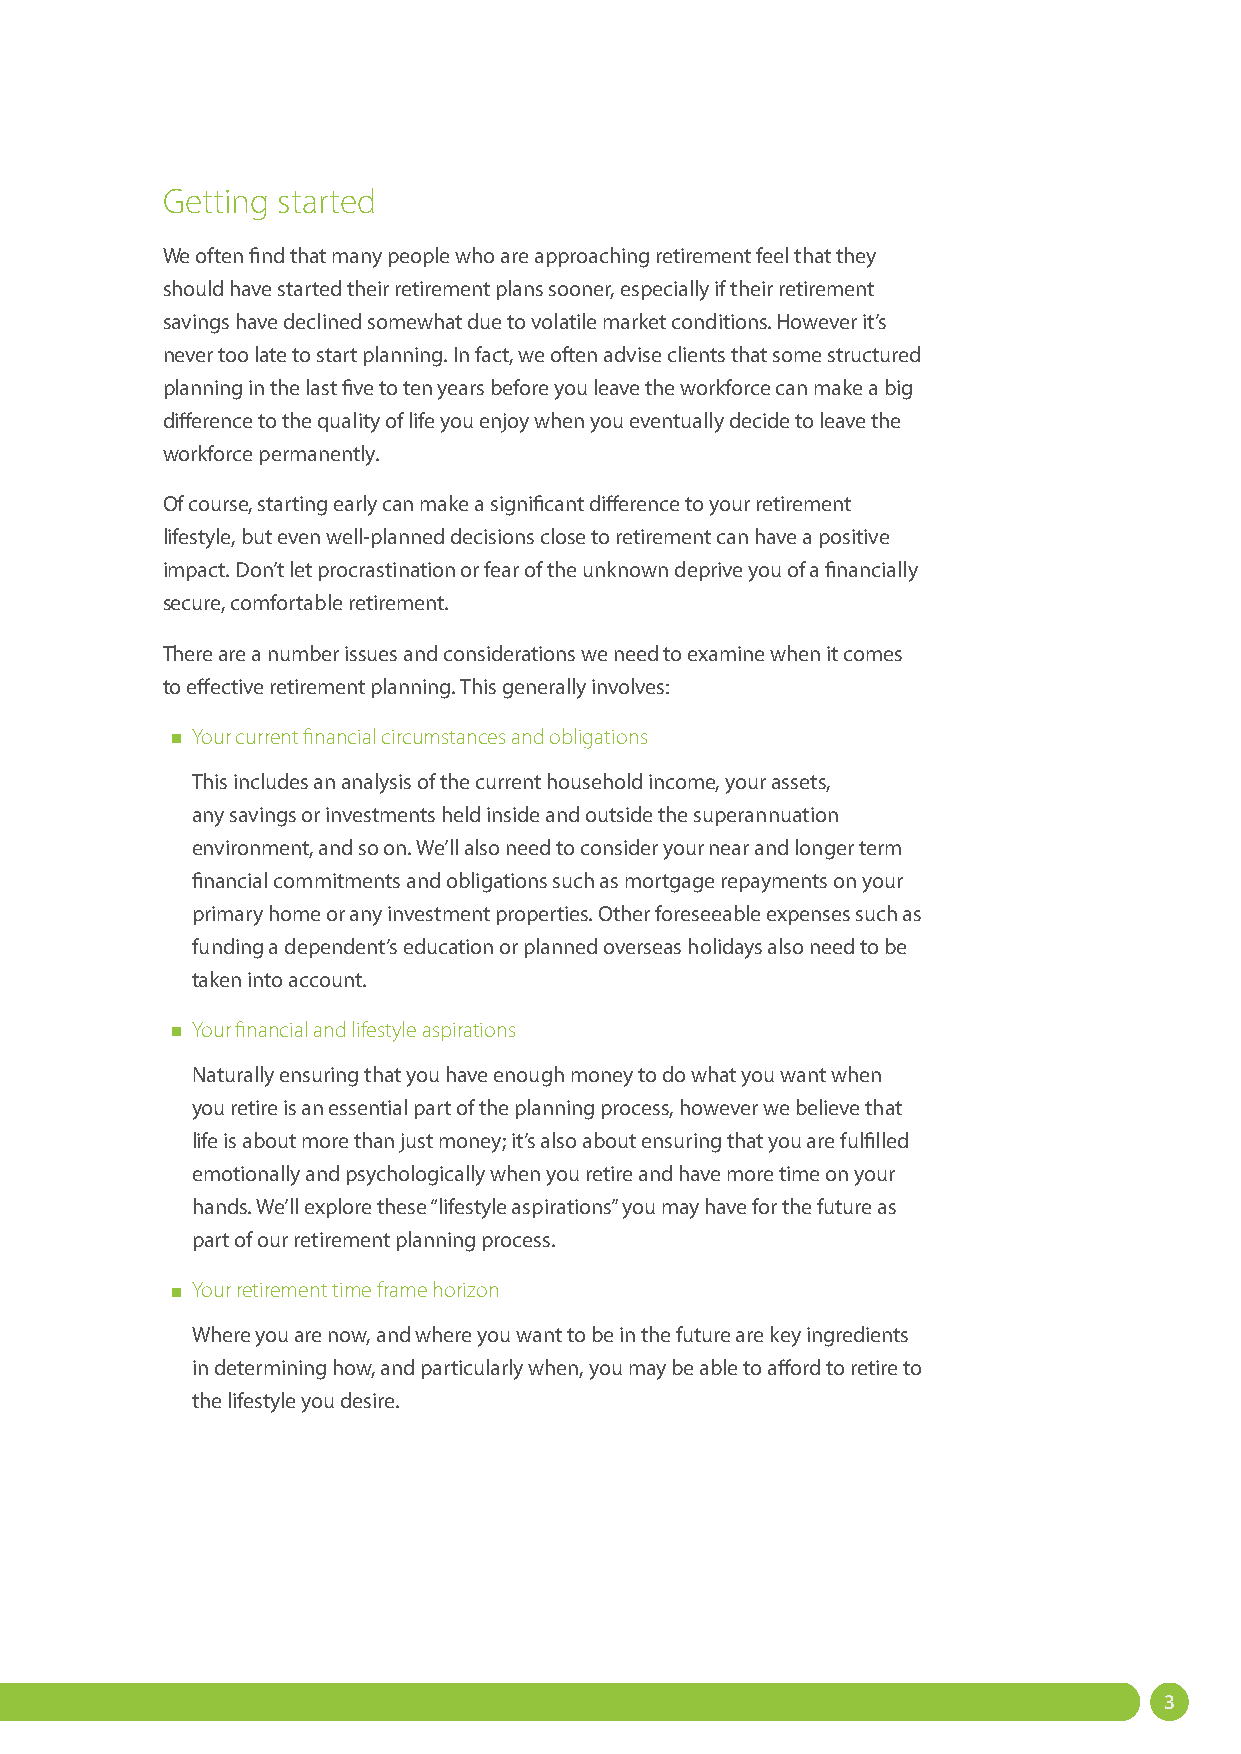
Getting started
 We often find that many people who are approaching retirement feel that they
 should have started their retirement plans sooner, especially if their retirement
 savings have declined somewhat due to volatile market conditions. However it’s
 never too late to start planning. In fact, we often advise clients that some structured
 planning in the last five to ten years before you leave the workforce can make a big
 difference to the quality of life you enjoy when you eventually decide to leave the
 workforce permanently.
 Of course, starting early can make a significant difference to your retirement
 lifestyle, but even well-planned decisions close to retirement can have a positive
 impact. Don’t let procrastination or fear of the unknown deprive you of a financially
 secure, comfortable retirement.
 There are a number issues and considerations we need to examine when it comes
 to effective retirement planning. This generally involves:
 Your current financial circumstances and obligations
 This includes an analysis of the current household income, your assets,
 any savings or investments held inside and outside the superannuation
 environment, and so on. We’ll also need to consider your near and longer term
 financial commitments and obligations such as mortgage repayments on your
 primary home or any investment properties. Other foreseeable expenses such as
 funding a dependent’s education or planned overseas holidays also need to be
 taken into account.
 Your financial and lifestyle aspirations
 Naturally ensuring that you have enough money to do what you want when
 you retire is an essential part of the planning process, however we believe that
 life is about more than just money; it’s also about ensuring that you are fulfilled
 emotionally and psychologically when you retire and have more time on your
 hands. We’ll explore these “lifestyle aspirations” you may have for the future as
 part of our retirement planning process.
 Your retirement time frame horizon
 Where you are now, and where you want to be in the future are key ingredients
 in determining how, and particularly when, you may be able to afford to retire to
 the lifestyle you desire.
 3